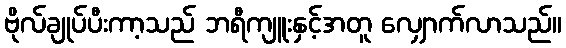
ဗိုလ်ချုပ်ပီးကာ့သည် ဘရီကျူးနှင့်အတူ လျှောက်လာသည်။